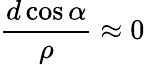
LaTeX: \frac{d\cos\alpha}{\rho}\approx 0